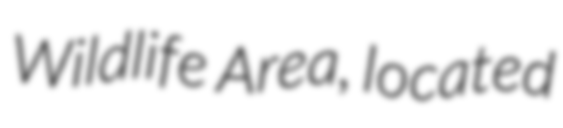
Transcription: Wildlife Area, located